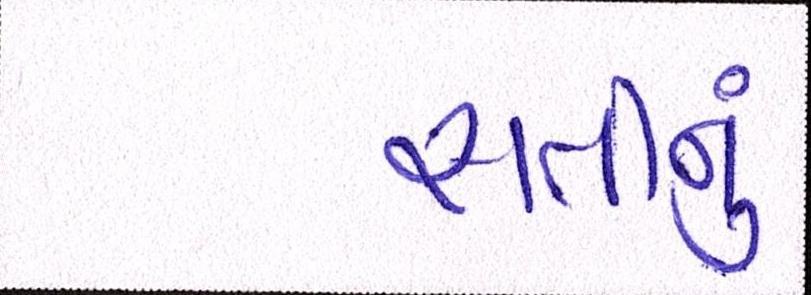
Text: સતીનું